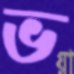
ভ